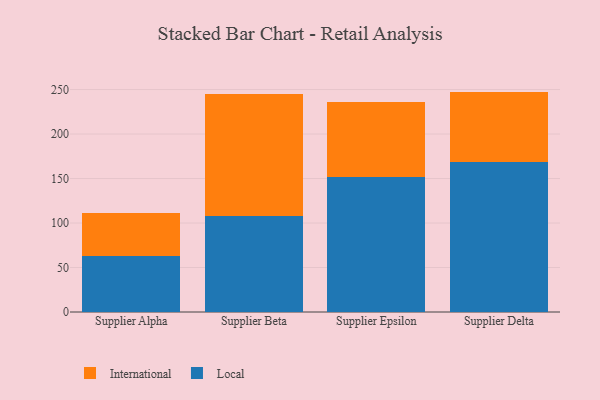
{"axis": {"x": "Supplier", "y": "Gross Profit (USD K)"}, "legend": ["International", "Local"], "data": [{"x": "Supplier Alpha", "y": 63.4, "type": "Local"}, {"x": "Supplier Alpha", "y": 47.7, "type": "International"}, {"x": "Supplier Beta", "y": 108.0, "type": "Local"}, {"x": "Supplier Beta", "y": 137.3, "type": "International"}, {"x": "Supplier Epsilon", "y": 152.1, "type": "Local"}, {"x": "Supplier Epsilon", "y": 84.4, "type": "International"}, {"x": "Supplier Delta", "y": 168.2, "type": "Local"}, {"x": "Supplier Delta", "y": 79.5, "type": "International"}]}